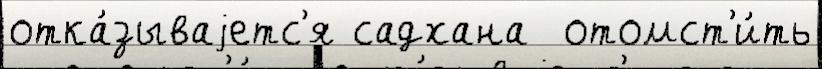
отка́зываjетс'я садхана  отомст'и́ть